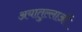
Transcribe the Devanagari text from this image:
अयातुल्लाओं